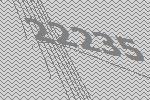
22235